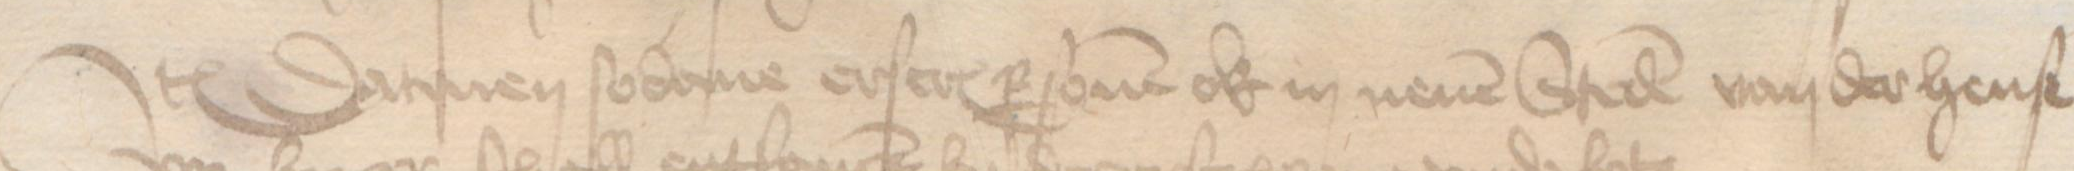
Transcription: Jtem Datmen sodane erscreuen personen ok in nenen Steden van der hense